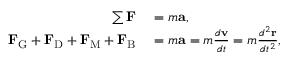
\begin{array} { r l } { \sum \mathbf { F } } & { { } = m \mathbf { a } , } \\ { \mathbf { F } _ { \mathrm { G } } + \mathbf { F } _ { \mathrm { D } } + \mathbf { F } _ { \mathrm { M } } + \mathbf { F } _ { \mathrm { B } } } & { { } = m \mathbf { a } = m { \frac { d \mathbf { v } } { d t } } = m { \frac { d ^ { 2 } \mathbf { r } } { d t ^ { 2 } } } , } \end{array}